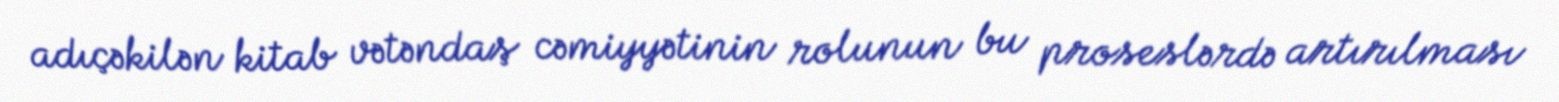
adıçəkilən kitab vətəndaş cəmiyyətinin rolunun bu proseslərdə artırılması